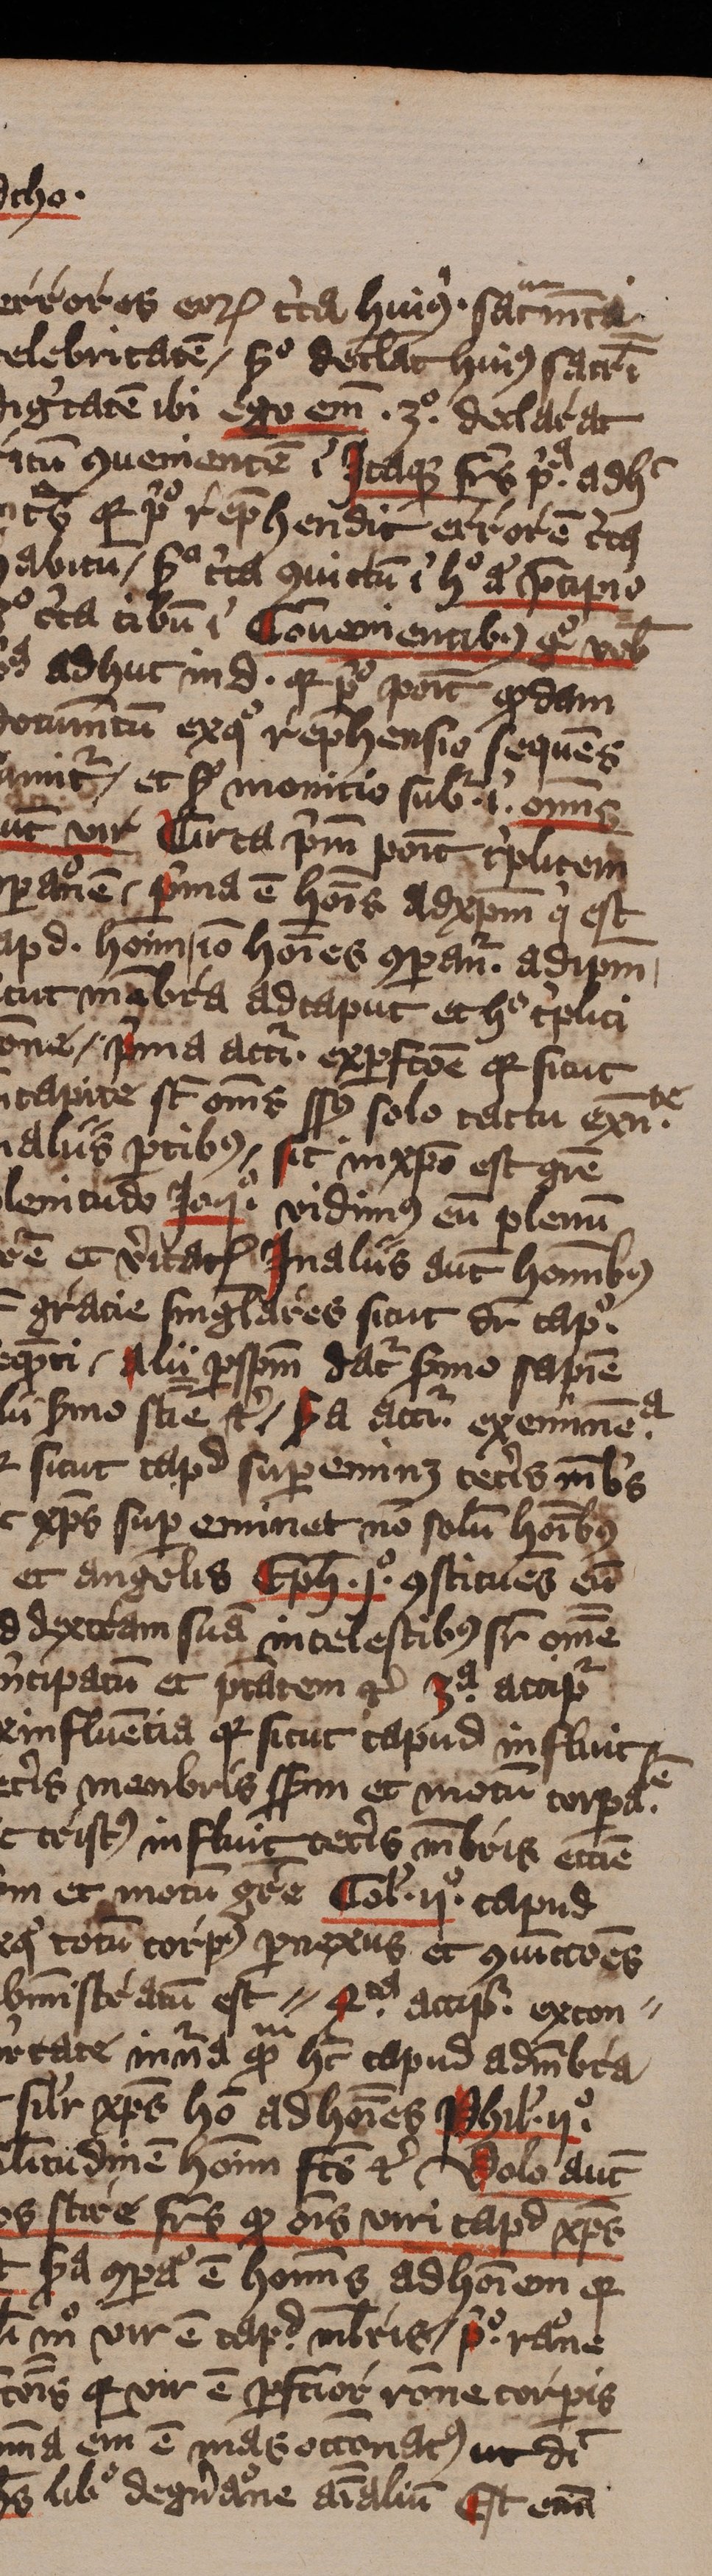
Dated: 1413–1415